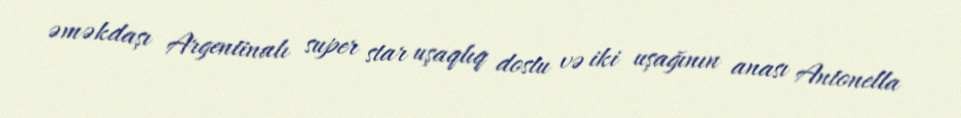
əməkdaşı Argentinalı super star uşaqlıq dostu və iki uşağının anası Antonella